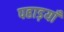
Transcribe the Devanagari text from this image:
पहाड़याँ